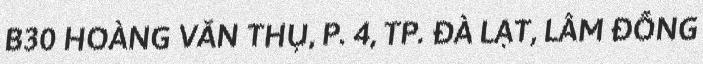
B30 HOÀNG VĂN THỤ, P. 4, TP. ĐÀ LẠT, LÂM ĐỒNG